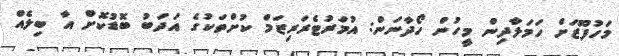
މަހުފޫޒަށް ހަމަލާދިން މީހުން ހޯދާނަން: އުމަރުޓެރަރިޒަމް ކުށްތަކުގެ އަދަބު ބޮޑުކޮށް އާ ބިލެއް